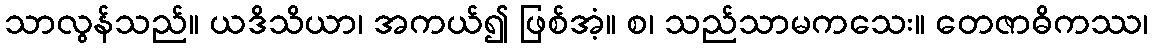
သာလွန်သည်။ ယဒိသိယာ၊ အကယ်၍ ဖြစ်အံ့။ စ၊ သည်သာမကသေး။ တေဇာဓိကဿ၊